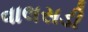
વાલસડી